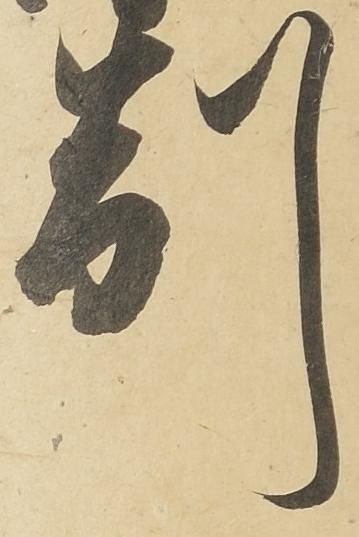
制